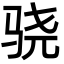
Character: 骁